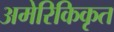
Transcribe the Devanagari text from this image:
अमेरिकिकृत